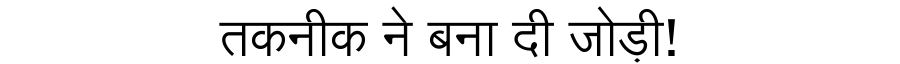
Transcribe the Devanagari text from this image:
तकनीक ने बना दी जोड़ी!